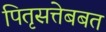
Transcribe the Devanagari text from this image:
पितृसत्तेबबत